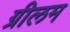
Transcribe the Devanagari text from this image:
ग्रीलम